65_HS1-834228961_62-HQ-83894_SUB_A
Agency: FBI
Page 84
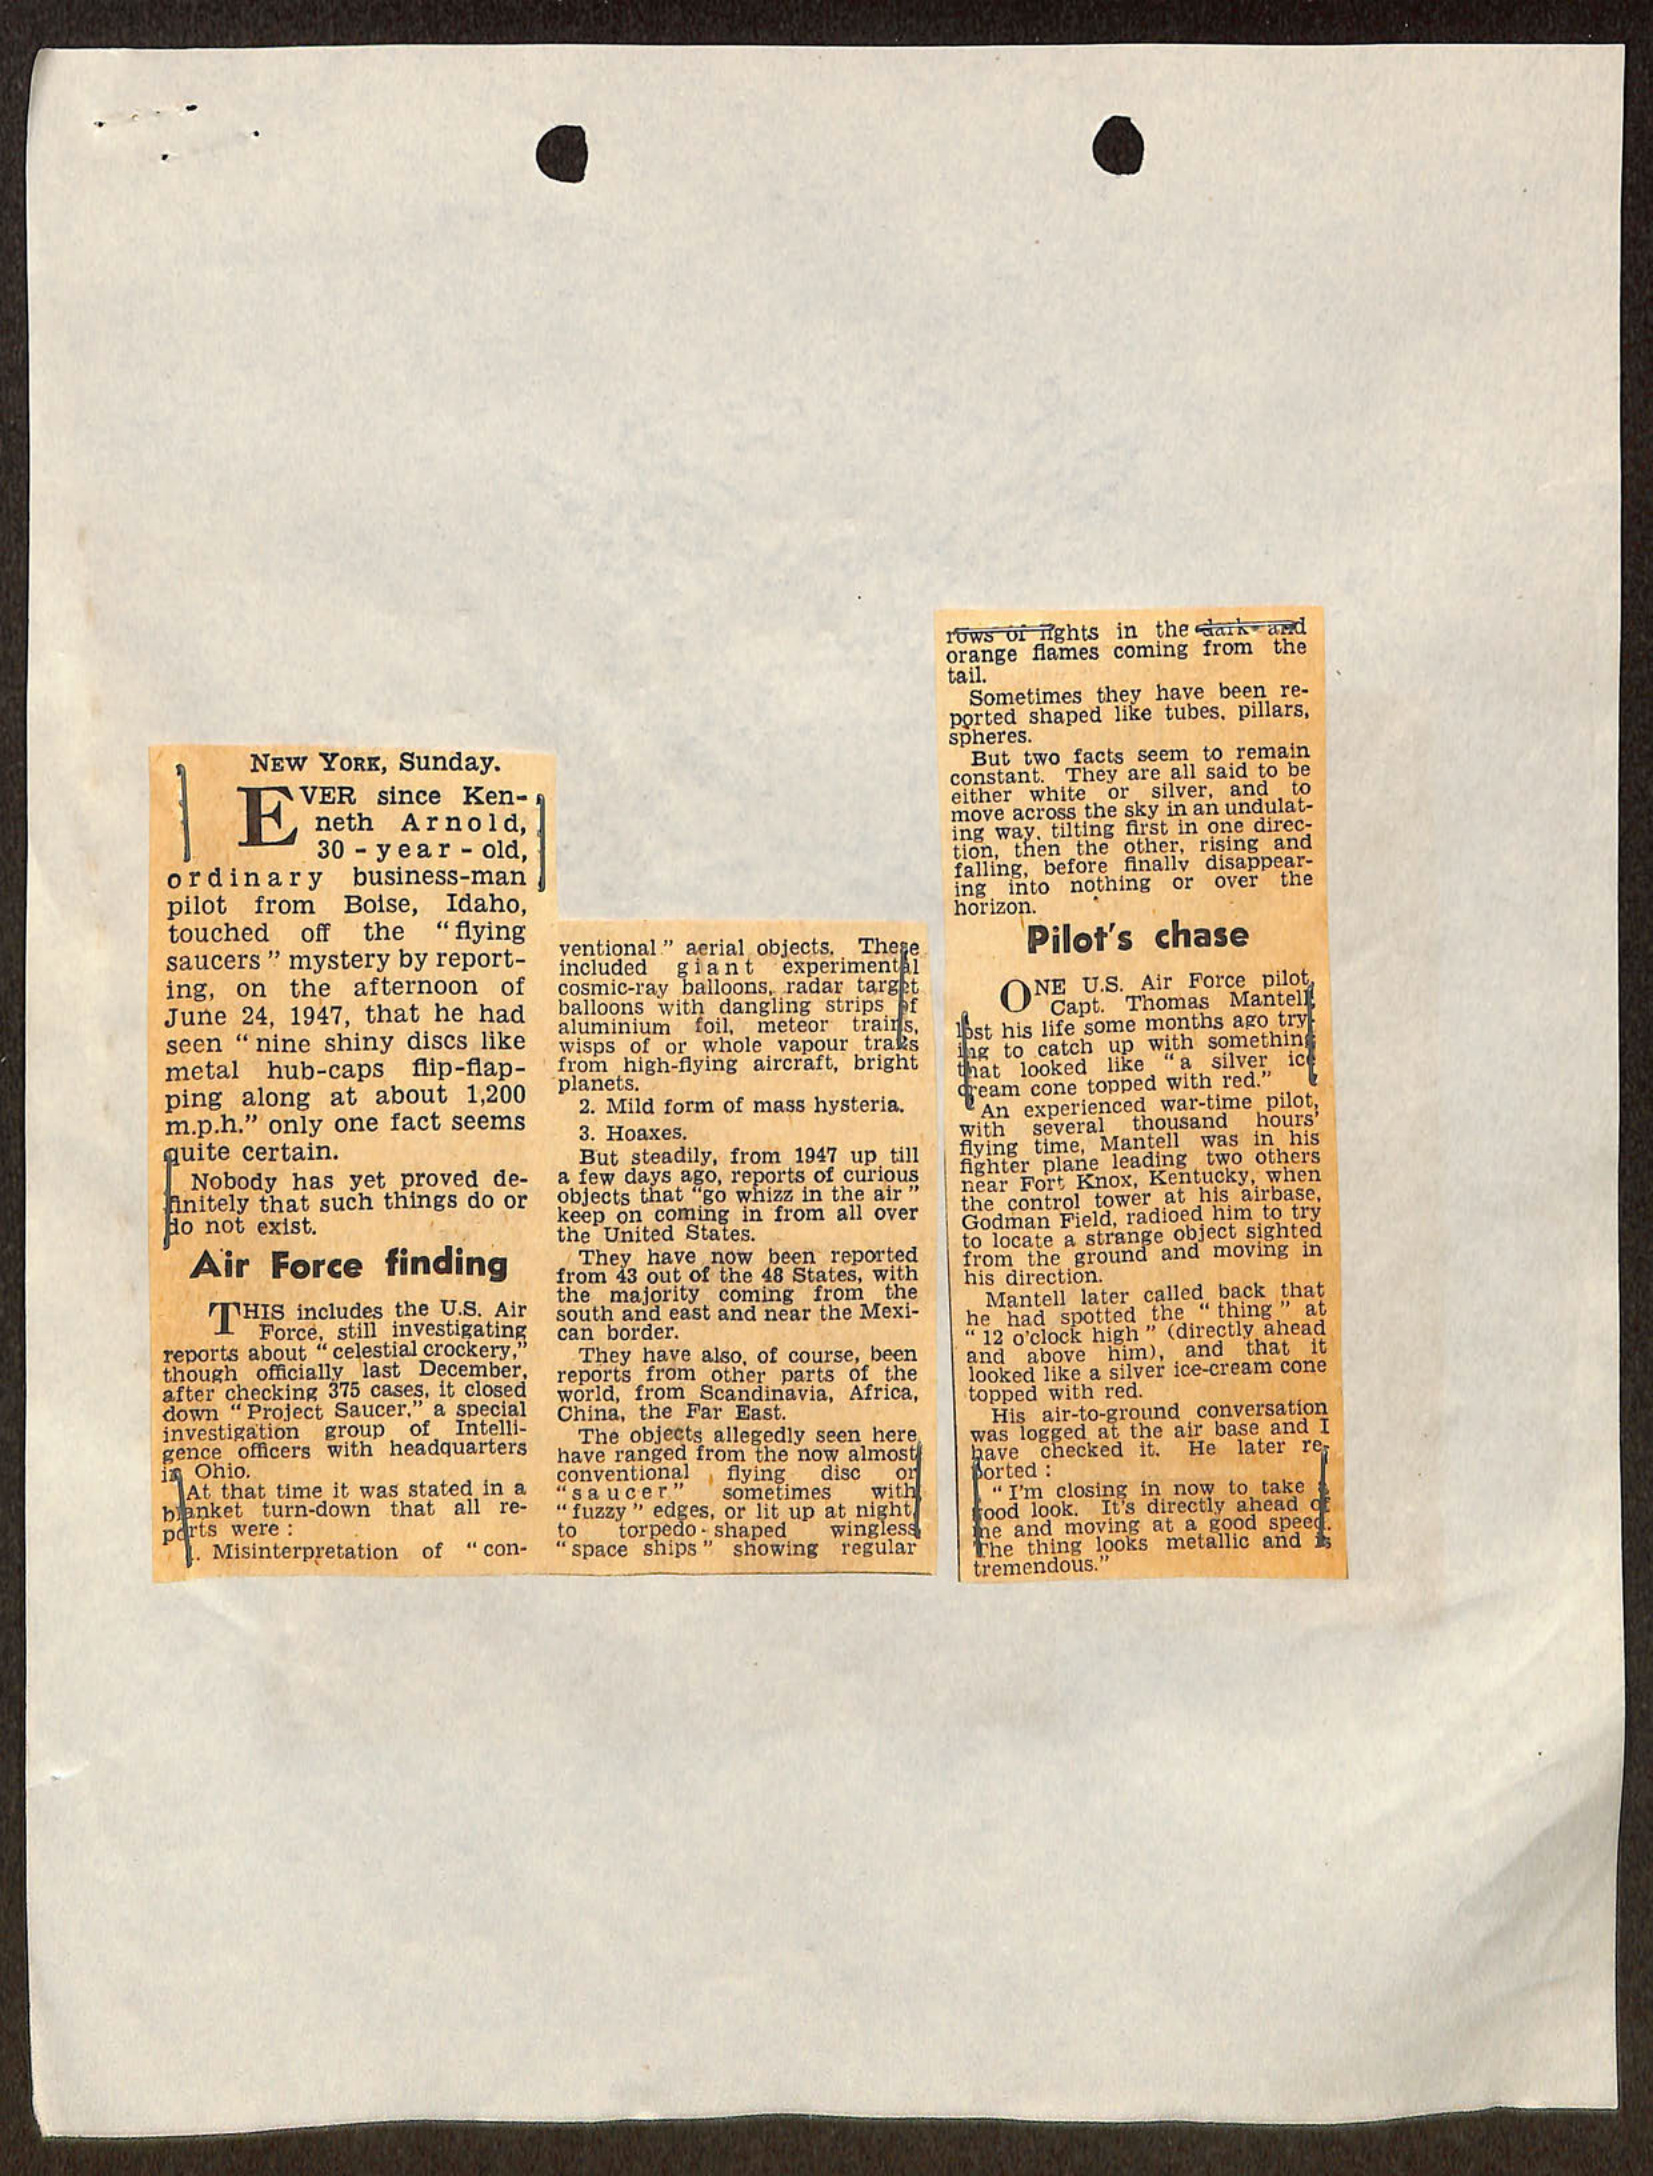